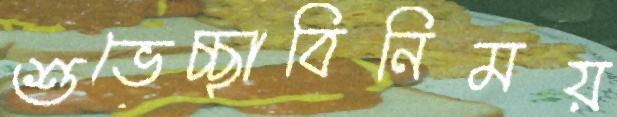
শুভেচ্ছাবিনিময়